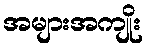
အများအကျိုး